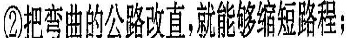
②把弯曲的公路改直，就能够缩短路程；